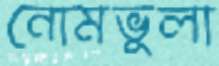
নোমভুলা